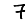
Digit: 7